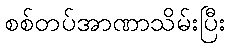
စစ်တပ်အာဏာသိမ်းပြီး